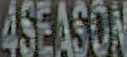
4SEASON